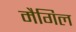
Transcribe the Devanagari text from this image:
मैगिल